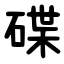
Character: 碟